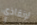
لإنقاذي